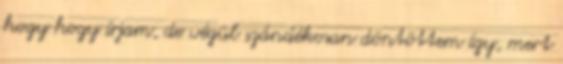
hogy hogy írjam, de végül szándékosan döntöttem így, mert